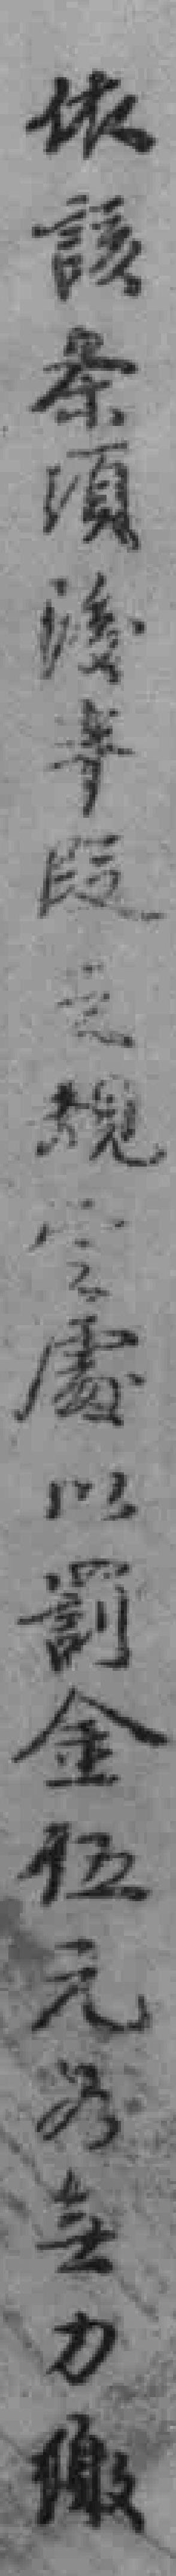
依該条頃**叚之規令處以罰金伍元為無力缴